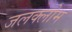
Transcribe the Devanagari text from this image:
जलक्लोम